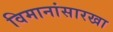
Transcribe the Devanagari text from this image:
विमानांसारखा